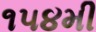
૧૫૪મી